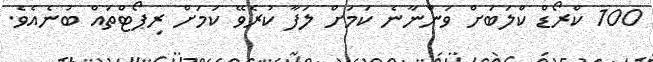
100 ކްރޯޑް ކްލަބަށް ވަންނާނެ ކަމަށް ލަފާ ކުރެވޭ ކަމަށް ރިޕޯޓްތައް ބުނެއެވެ.